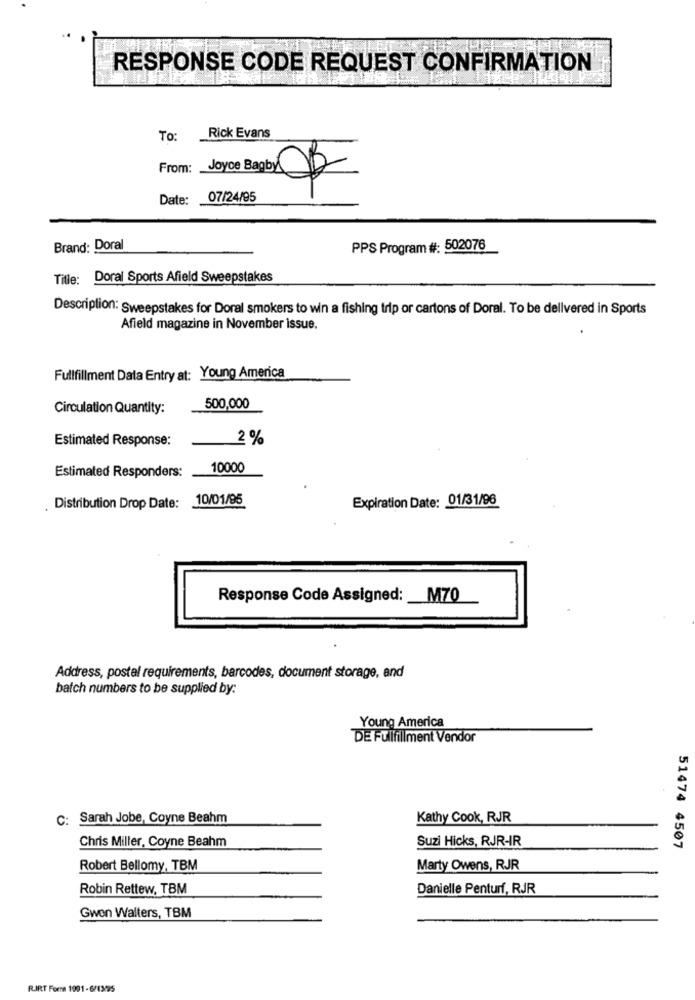
RESPONSE CODE REQUEST CONFIRMATION
To: Rick Evans
Date:
07/24/95
Brand: Doral
PPS Program #: 502076
Title: Doral Sports Afield Sweepstakes
Description: Sweepstakes for Doral smokers to win a fishing trip or cartons of Doral. To be delivered in Sports
Afield magazine in November issue.
Fullfillment Data Entry at: Young America
Circulation Quantity:
500,000
Estimated Response:
2 %
Estimated Responders:
10000
10/01/95
Expiration Date: 01/31/96
Distribution Drop Date:
Response Code Assigned: _ M70
Address, postal requirements, barcodes, document storage, and
batch numbers to be supplied by:
Young America
DE Fullfillment Vendor
C: Sarah Jobe, Coyne Beahm
Kathy Cook, RJR
Chris Miller, Coyne Beahm
Suzi Hicks, RJR-IR
51474 4507
Robert Bellomy, TBM
Marty Owens, RJR
Robin Rettew, TBM
Danielle Penturf, RJR
Gwen Walters, TBM
RIRT Forna 1991-6/13/95